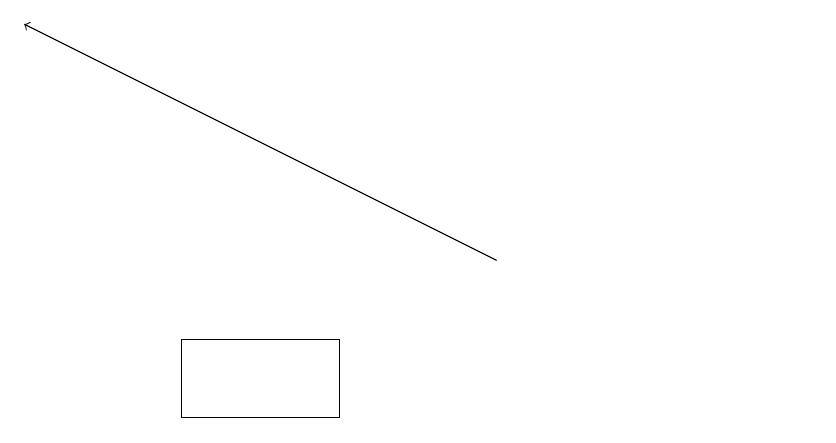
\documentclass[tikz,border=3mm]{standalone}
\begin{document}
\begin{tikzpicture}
\draw[->] (6,14) -- (0,17);
\draw (4,12) rectangle (2,13);
\draw (10,12) circle (0);
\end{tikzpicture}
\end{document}